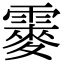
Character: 䨫